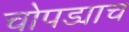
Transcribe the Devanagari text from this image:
चोपड्याच